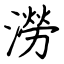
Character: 澇